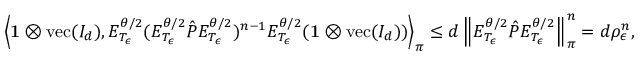
\left\langle \mathbf { 1 } \otimes \operatorname { v e c } ( I _ { d } ) , E _ { T _ { \epsilon } } ^ { \theta / 2 } ( E _ { T _ { \epsilon } } ^ { \theta / 2 } \hat { P } E _ { T _ { \epsilon } } ^ { \theta / 2 } ) ^ { n - 1 } E _ { T _ { \epsilon } } ^ { \theta / 2 } ( \mathbf { 1 } \otimes \operatorname { v e c } ( I _ { d } ) ) \right\rangle _ { \boldsymbol \pi } \leq d \left\lVert E _ { T _ { \epsilon } } ^ { \theta / 2 } \hat { P } E _ { T _ { \epsilon } } ^ { \theta / 2 } \right\rVert _ { \boldsymbol \pi } ^ { n } = d \rho _ { \epsilon } ^ { n } ,